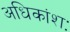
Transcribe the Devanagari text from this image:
अधिकांशः